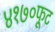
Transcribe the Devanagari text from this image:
४१७०फूट